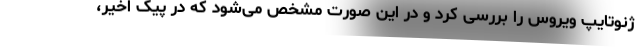
ژنوتایپ ویروس را بررسی کرد و در این صورت مشخص می‌شود که در پیک اخیر،